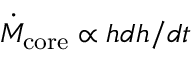
\dot { M } _ { \mathrm { c o r e } } \propto h d h / d t